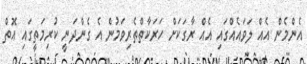
އެންމެން އެއް ލަވައެއްގައި އެއް ރާގަކަށް ހަރަކާތްތެރިވަމުން އެ ގެންދަނީ ކުރިމަތީގައި އޮތް